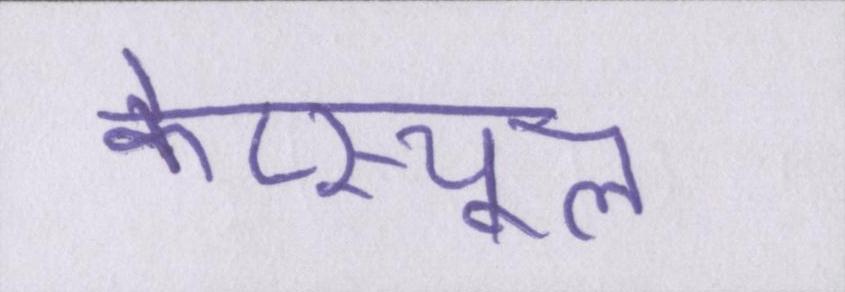
केप्स्यूल